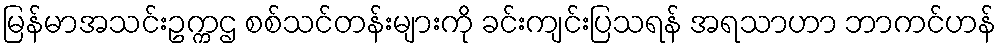
မြန်မာအသင်းဥက္ကဌ စစ်သင်တန်းများကို ခင်းကျင်းပြသရန် အရသာဟာ ဘာကင်ဟန်